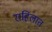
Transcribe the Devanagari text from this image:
राहिलात